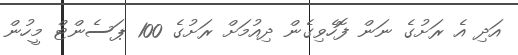
އަދި އެ ރަށުގެ ނަން ފޮހެވިގެން ދިއުމަށް ރަށުގެ 100 ޕަސެންޓް މީހުން